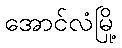
အောင်လံမြို့